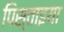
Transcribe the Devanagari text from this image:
पिस्ताइया